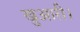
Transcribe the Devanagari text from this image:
खुआरी।